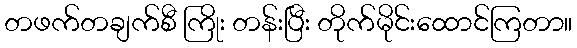
တဖက်တချက်စီ ကြိုး တန်းပြီး တိုက်မိုင်းထောင်ကြတာ။